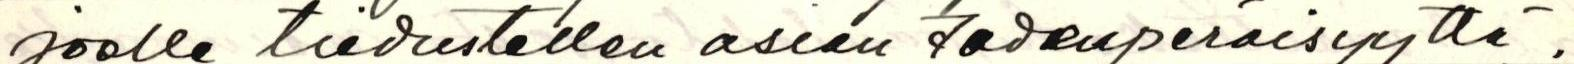
joelle tiedustellen asian todenperäisyyttä.